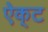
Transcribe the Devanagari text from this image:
ऐक्‌ट